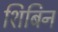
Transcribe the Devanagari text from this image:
शिबिन